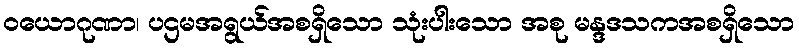
ဝယောဂုဏာ၊ ပဌမအရွယ်အစရှိသော သုံးပါးသော အစု မန္ဒဒသကအစရှိသော